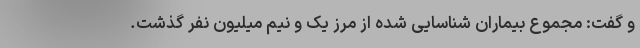
و گفت: مجموع بیماران شناسایی شده از مرز یک و نیم میلیون نفر گذشت.